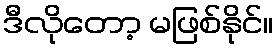
ဒီလိုတော့ မဖြစ်နိုင်။